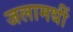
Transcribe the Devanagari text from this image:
जलामधीं